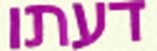
דעתו